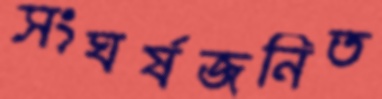
সংঘর্ষজনিত